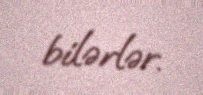
bilərlər.